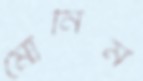
মোনিম